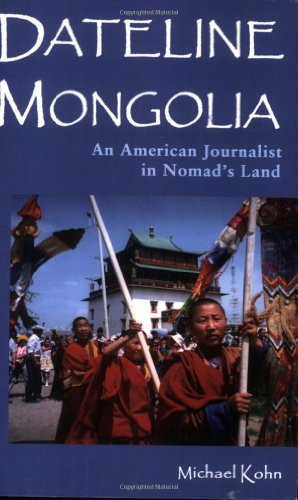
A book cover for Dateline Mongolia: An American Journalist in Nomad's Land; Michael Kohn; Travel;